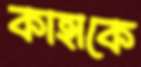
কাহাকে